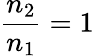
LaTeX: \frac{n_{2}}{n_{1}}=1